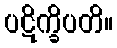
ပဋိက္ခိပတိ။